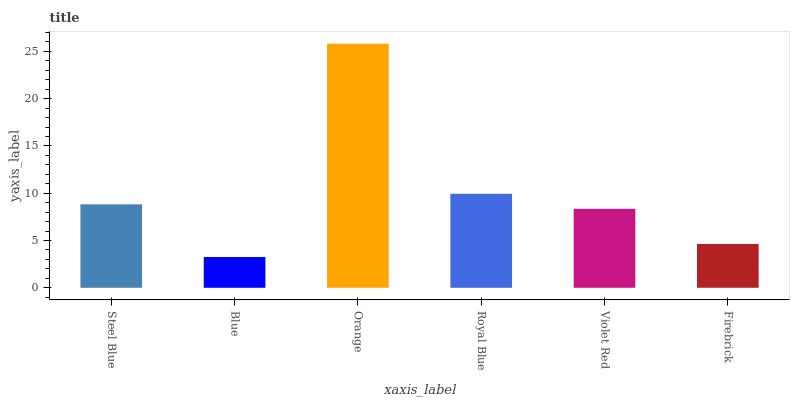
| xaxis_label | bars |
 | --- | --- |
 | Steel Blue | 8.83 |
 | Blue | 3.25 |
 | Orange | 25.8 |
 | Royal Blue | 9.94 |
 | Violet Red | 8.35 |
 | Firebrick | 4.63 |